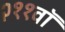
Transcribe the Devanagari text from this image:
२११वॉ